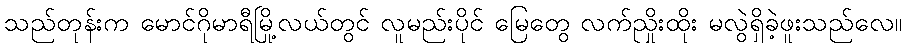
သည်တုန်းက မောင်ဂိုမာရီမြို့လယ်တွင် လူမည်းပိုင် မြေတွေ လက်ညှိုးထိုး မလွဲရှိခဲ့ဖူးသည်လေ။